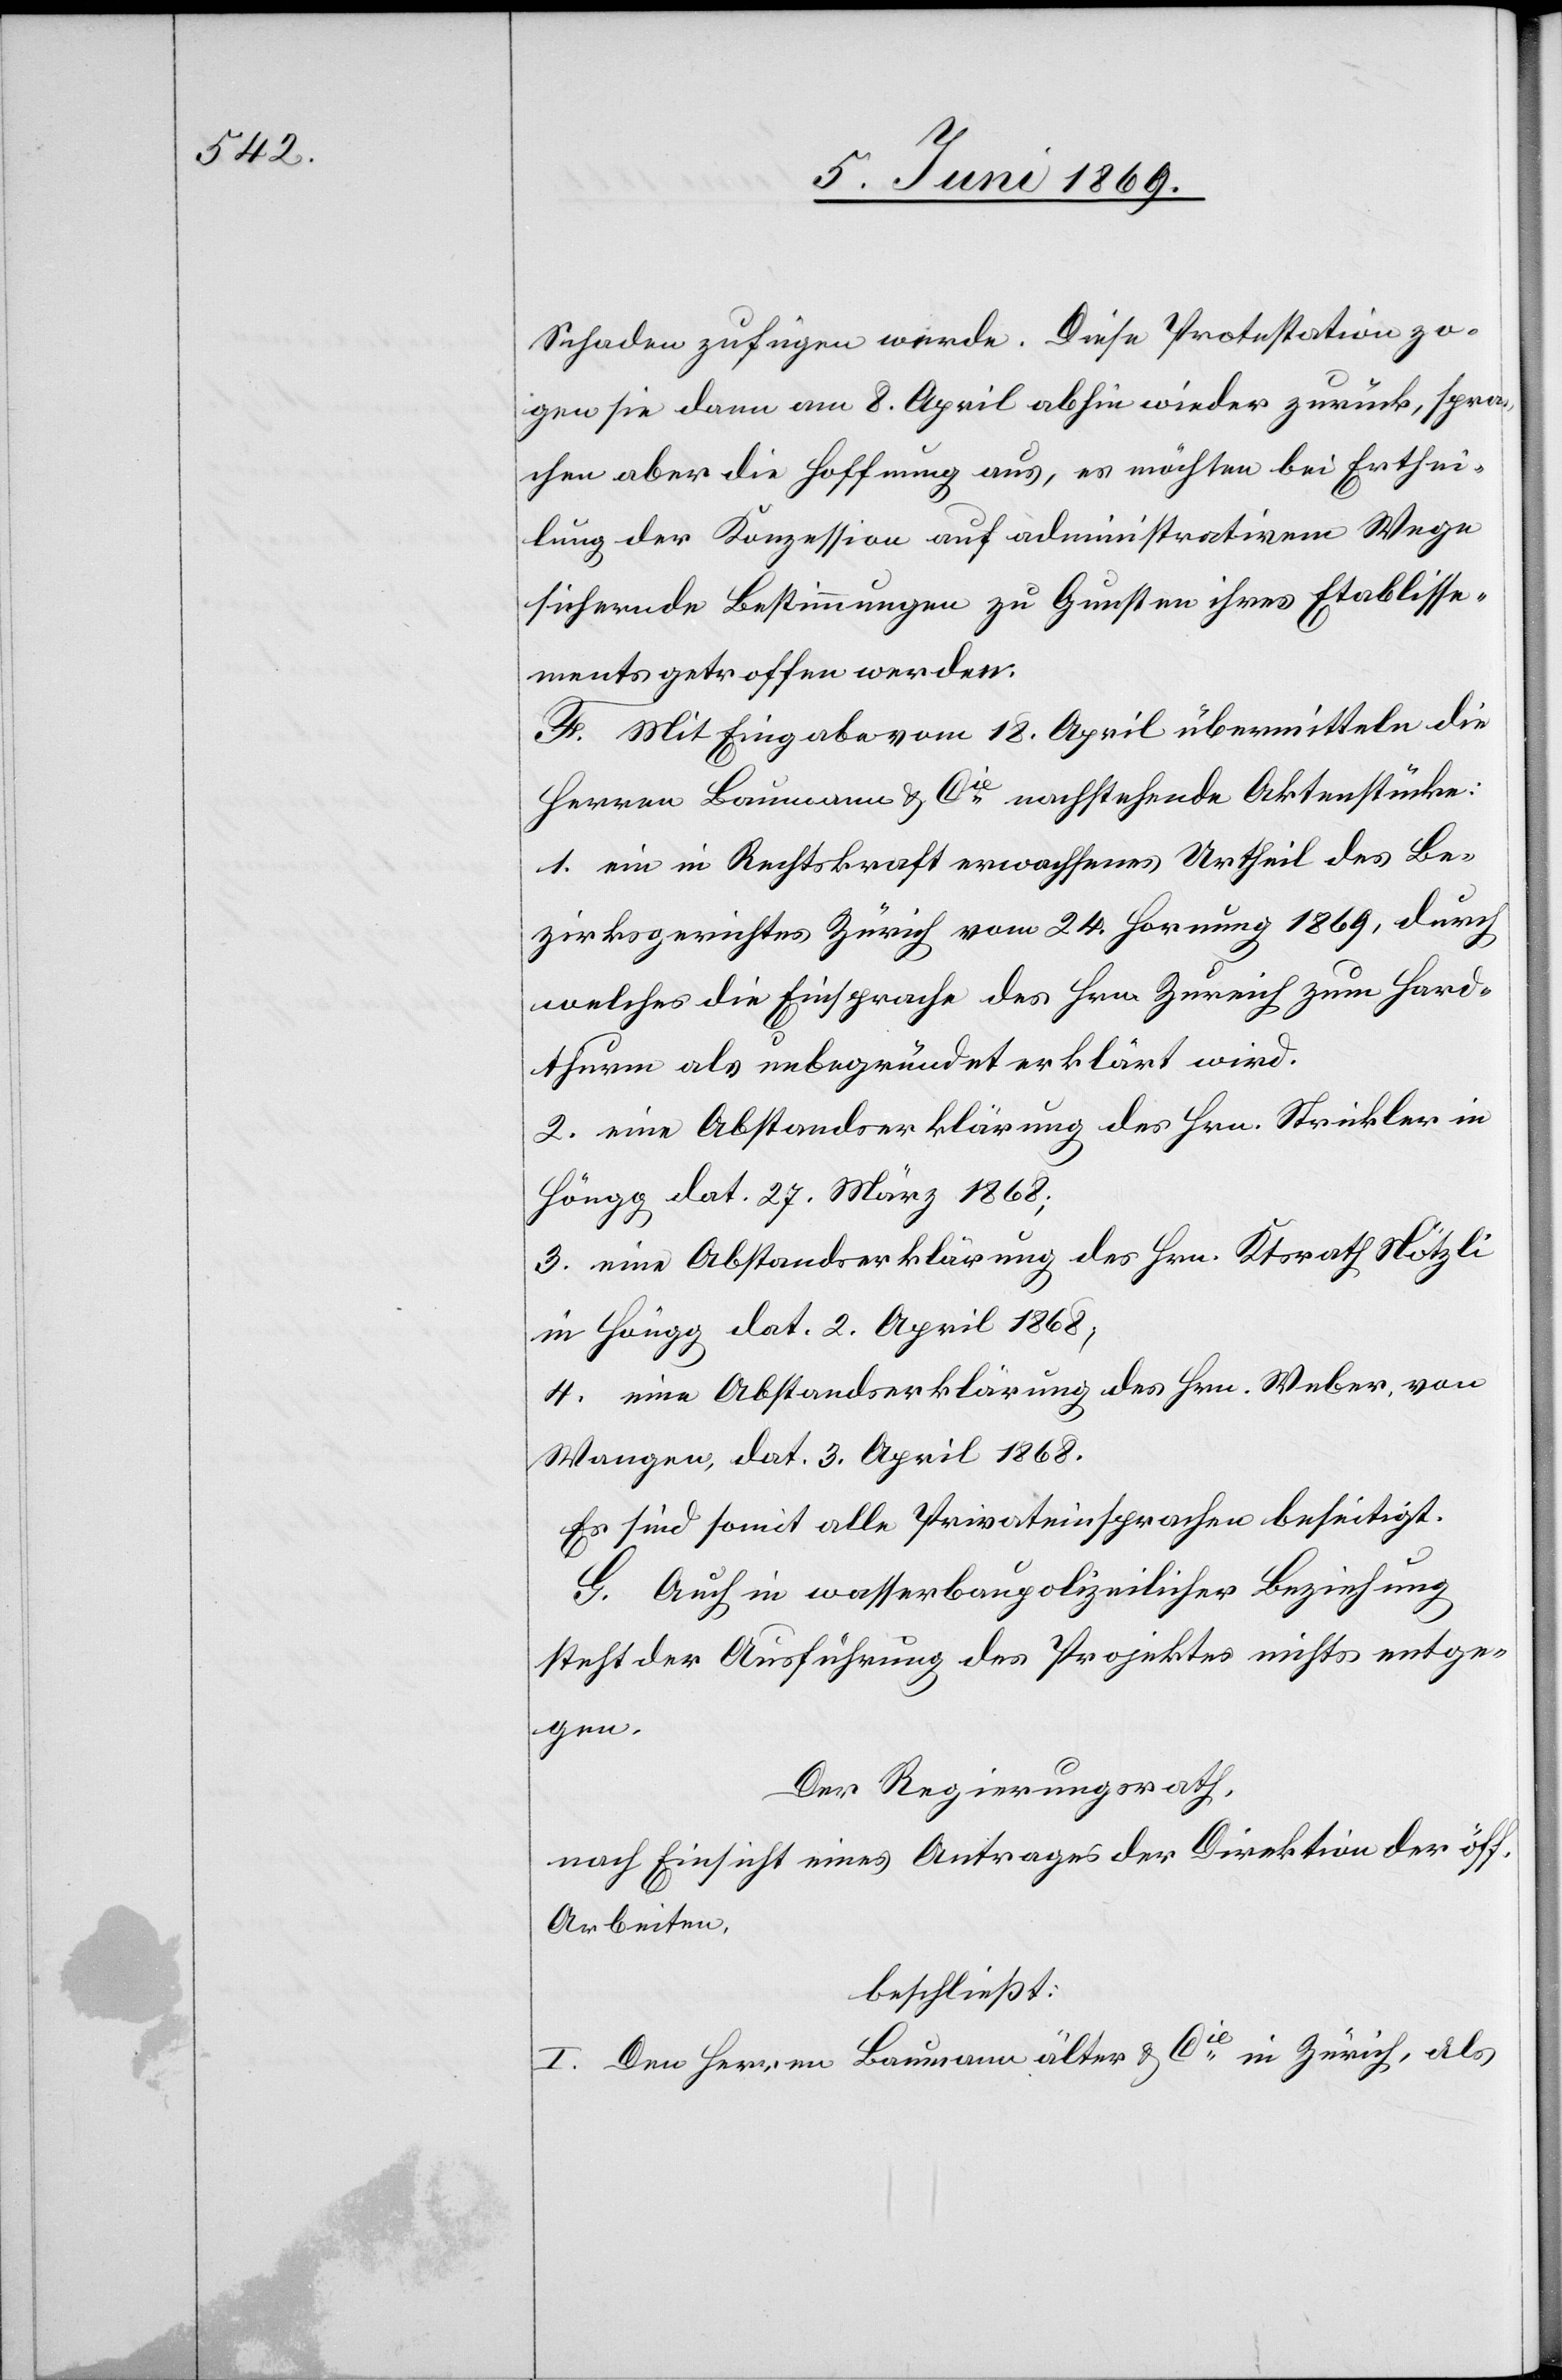
Schaden zufügen werde. Diese Protestation zo¬
gen sie dann am 8 April abhin wieder zurück, spra¬
chen aber die Hoffnung aus, es möchten bei Erthei¬
lung der Konzession auf administrativem Wege
sichernde Bestimmungen zu Gunsten ihres Etablisse¬
ments getroffen werden.
F. Mit Eingabe vom 18. April übermitteln die
Herren Baumann u. Cie nachstehende Aktenstücke:
1. ein in Rechtskraft erwachsenes Urtheil des Be¬
zirksgerichtes Zürich vom 24. Hornung 1869, durch
welches die Einsprache des Hrn. Zureich zum Hard¬
thurm als unbegründet erklärt wird.
2. eine Abstandserklärung des Hrn. Strickler in
Höngg dat. 27. März 1868;
3. eine Abstandserklärung des Hrn. Ktsrath Nötzli
in Höngg dat. 2. April 1868,
4. eine Abstandserklärung des Hrn. Weber, von
Wangen, dat. 3. April 1868.
Es sind somit alle Privateinsprachen beseitigt.
G. Auch in wasserbaupolizeilicher Beziehung
steht der Ausführung des Projektes nichts entge¬
gen.
Der Regierungsrath,
nach Einsicht eines Antrages der Direktion der öff.
Arbeiten,
beschließt:
I. Den Herren Baumann älter u. Cie in Zürich, als